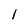
Character: 1